Vital statistics of India. Vol. V, Reports of 1876 on armies & jails and on epidemic cholera
Year: 1876
Disease focus: Cholera
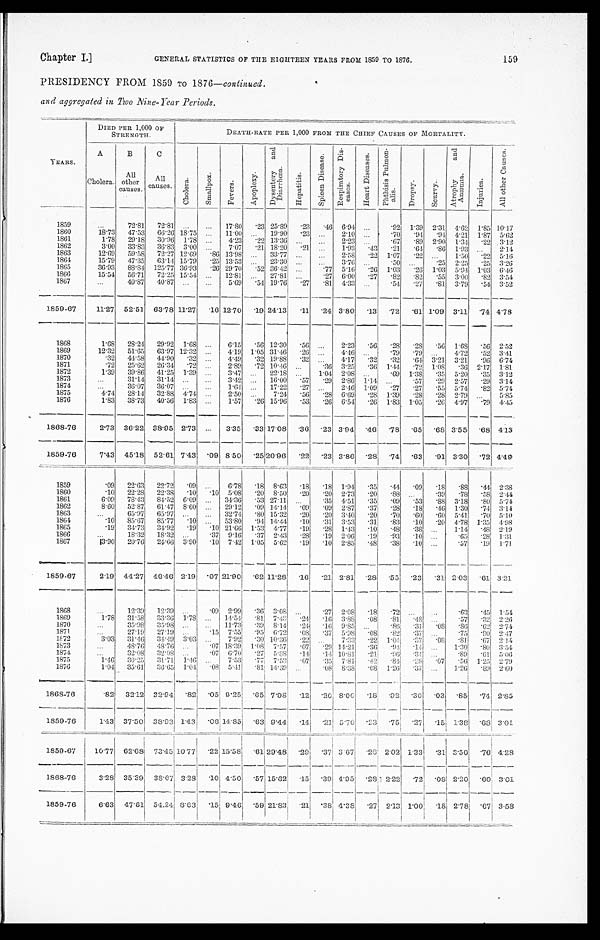
Chapter I.]
GENERAL STATISTICS OF THE EIGHTEEN YEARS FROM 1859 TO GENERAL STASTICS OF THE EIGHTEEN YEARS FROM 1859 TO 1876.
159
PRESIDENCY FROM 1859 TO 1876 —continued.
and aggregated in Two Nine-Year Periods.
YEARS.
DIED PER 1,000 OF
STRENGTH.
DEATH-RATE PER 1,000 FROM THE CHIEF CAUSES OF MORTALITY.
A
Cholera.
B
All
other
Causes.
C
All
causes.
C h o l e r a .
S m a l l p o x .
F e v e r .
A p o p l e x y .
D y s e n t e r y a n d D i a r r h œ a .
H e p a t i t i s .
S p l e e n D i s e a s e . R e s p i r a t o r y D i s e a s e .
H e a r t D i s e a s e s . P h t h i s i s P u l m o n a l i s .
D r o p s y .
S c u r v y .
A t r o p h y a n d A n æ m i a .
I n j u r i e s .
n A l l o t h e r C a u s e s .
1859
...
72.81 72.81 ...
... 17.80 .23 25.89 .23 .46 6.94
. . .
.92 1.39 2.31 4.62 1.85 10.17
1860
18.73 47.53 66.26 18.75
. . . 11.00 ... 19.90 .23 ...
2.10 ...
.70 .94
. 9 4 4.21 1.87
5.62
1861
1.78 29.18 30.96 1.78
. . . 4.23 .22 13.36 ...
...
2.23 ...
.67 .89 2.90 1.34 .22 3.12
1862
3.00 33.83 36.83 3.00 ...
7.07 .21 18.20 .21 ...
1.93 .43 .21 .64 .86 1.93 ...
2.14
1863
12.69 59.58 72.27 12.69 .86 13.98
. . . 33.77 ...
. . . 2.58 .22 1.07 .22 ...
1.50 .22 5.16
1864
15.79 47.35 63.14 15.79 .25 13.53 ... 23.30 ...
...
3.76
. . .
.50 ...
.25 2.25 .25 3.26
1865
36.93 88.84 125.77 36.93 .26 29.70 .52 36.42 ...
.77 5.16 .26 1.03 .26 1.03 5.94 1.03 6.46
1866
15.54 56.71 72.25 15.54 ... 12.81 ... 27.81 ...
.27 6.00 .27 .82 .82 .55 3.00 .82 3.54
1867
...
40.87 40.87
. . .
. . . 5.69 .54 19.76 .27 .81 4.33
. . . .54 .27 .81 3.79 .54 3.52
1859-67
11.27 52.51 63.78 11.27 .16 12.70 .19 24.13 .11 .24 3.80 .13 .72 .61 1.09 3.11
. 7 4 4.78
1868
1.68 28.24 29.92 1.68
. . .
6.15 .56 12.30 .56
. . .
2.23 .56 .28 .28 .56 1.68 .56 2.52
1869
12.32 51.65 63.97 12.32
. . . 4.19 1.05 31.46 .26 ...
4.46
. . . .79 .79 ...
4.72 .52 3.41
1870
.32 44.58 44.90 .32 . . .
4.49 .32 19.88 .32 ...
4.17 .32 .32 .64 3.21 3.21 .96 6.74
1871
.72 25.62 26.34 .72 ...
2.89 .72 10.46 ...
.36 3.25 .36 1.44 .72 1.08 .36 2.17 1.81
1872
1.39 39.86 41.25 1.39
. . .
3.47 ... 22.18 ...
1.04 2.08 ...
.69 1.38 .35 5.20 .35 3.12
1873
. . . 31.14 31.14 ...
...
3.42 . . . 16.00 .57 .29 2.86 1.14
. . . .57 .29 2.57 .29 3.14
1874
. . . 36.07 36.07
. . . ...
1.64
. . . 17.22 .27 ...
2.46 1.09 .27 .27 .55 5.74 .82 5.74
1875
4.74 28.14 32.88 4.74
. . .
2.50 ...
7.24 .56 .28 6.69 .28 1.39 .28 .28 2.79
. . . 5.85
1876
1.83 38.73 40.56 1.83 ...
1.57 .26 15.96 .53 .26 6.54 .26 1.83 1.05 .26 4.97 .79 4.45
1868-76
2.73 36.22 38.95 2.73 ...
3.35 .33 17.08 .36 .23 3.94 .46 .78 .65 .68 3.55 .68 4.13
1859-76
7.43 45.18 52.61 7.43 .09 8.50 .25 20.96 .22 .23 3.86 .28 .74 .63 .91 3.30
. 7 2 4.49
1859
.09 22.63 22.72 .09 . . .
6.78 .18 8.63 .18
. 1 8 1.94 .35 .44 .09 .18 .88 .44 2.38
1860
.10 22.28 22.38 .10 .10 5.08 .20 8.50 .20 .20 2.73 .20 .88 ...
.39 .78 .58 2.44
1861
6.09 78.43 84.52 6.09 . . . 34.36 .53 27.11 . . .
.35 4.51 .35 .09 .53 .88 3.18 .80 5.74
1862
8.60 52.87 61.47 8.60 . . . 29.12 .09 14.14 .09 .09 2.87 .37 .28 .18 .46 1.30 .74 3.14
1863
. . . 65.97 65.97 ...
... 32.74 .80 15.32 .20 .20 3.40 .20 .70 .60 .60 5.41 .70 5.10
1864 .10 85.67 85.77 .10 ... 53.80 .94 14.44 .10 .31 3.53 .31 .83 .10 .20 4.78 1.35 4.98
1865
.19 34.73 34.92 .19 .10 21.66 1.53 4.77 .19 .28 1.43 .10 .48 .38 ...
1.14
. 4 8
2 . 1 9
1866
...
18.32 18.32 ...
.37 9.16 .37 2.43 .28 .19 2.06 .19 .93 .10 ...
. 6 5
. 2 8 1.31
1867
3.90 20.76 24.66 3.90 .10 7.42 1.05 5.62 .19
. 1 0 2.85 .48 .38 .10 ...
.57 .19 1.71
1859-67
2.19 44.27 46.46 2.19 .07 21.90
. 6 2 11.28 .16
. 2 1 2.81 .28
. 55
.23 .31 2.03 .61 3.21.
1868
...
12.39 12.39 ...
.09 2.99 .36 3.08 ...
.27 2.08 .18 .72 ...
. . .
.63 .45 1.54
1869
1.78 31.58 33.36 1.78
. . . 14.54 .81 7.43 .24 .16 3.88 .08 .81 .48 ...
.57 .32
2 . 2 6
1870
. . . 35.98 35.98 . . .
... 11.73 .39 8.14 .24 .16 9.85 ...
.86 .31
. 0 8
. 8 6
. 6 2
2.74
1871
. . . 27.19 27.19
. . .
.15 7.55 .95 6.72
. 0 8 .37 5.98 .08 .82 .37 ...
. 7 5
. 9 0 2.47
1872
3.03 31.46 34.49 3.03 ...
7.92 .30 10.36 .22 ...
7.33 .22 1.04 .37 .08 .81 .67 2.14
1873
. . . 48.76 48.76 ...
.07 18.39 1.08 7.57 .07 .29 14.21 .36 .94 .14
. . . 1.30 .80 3.54
1874
. . . 32.08
3 2 . 0 8 ...
.07 6.70 .27 5.88 .14 .14 10.81 .21 .96 .34
. . . .89 .61 5.06
1875
1.46 30.25 31.71 1.46 . . .
7.53 .77 7.53
.07 .35 7.81 .42
. 8 4
.28
. 0 7 .56 1.25
2 . 7 9
1876
1.04
35.61 36.65 1.04
.08 5.41 .81 14.39
. . . .08 8.38 .08 1.26 .37 ...
1.26 .89 2.60
1868-76
.82 32.12 32.94 .82
. 0 5
9 . 2 5
. 6 5
7 . 9 8
.12 .20 8.00 .18
. 9 2
.30 .03 .85
. 7 4 2.85
1859-76
1.43 37.50 38.93 1.43.0614.85.63 9.44
. 14 .21 5.70 .23 .75.27
. 1 5 1.38 .68 3.01
1859-67
10.77 62.68 73.45 10.77.22 15.58 .61 29.48
.29 .37 3.67
. 2 6 2.02 1.33 .31 3.50.76 4.28
1868-76
3.28 35.39 38.67 3.28 .10 4.50 .57 15.62 .15 .39 4.95 .28 2.22 .72.08
2 . 2 0
. 6 0
3.01
1859-76
6.63 47.61 54.24 8.63 .15 9.46 .59 21.83 .21 .38 4.38.27 2.13 1.00 .18 2.78 .67 3.58